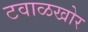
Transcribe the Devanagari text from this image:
टवाळखोर